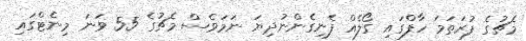
މެޗުގެ ފުރަތަމަ ހާފްގައި ގޯލެއް ފެނިގެންނުދިޔަ ނަމަވެސް މެޗުގެ 55 ވަނަ މިނެޓްގައި